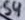
Text: S4